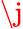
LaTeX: \j